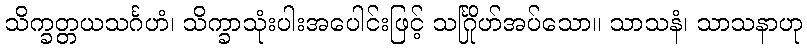
သိက္ခတ္တယသင်္ဂဟံ၊ သိက္ခာသုံးပါးအပေါင်းဖြင့် သင်္ဂြိုဟ်အပ်သော။ သာသနံ၊ သာသနာဟု